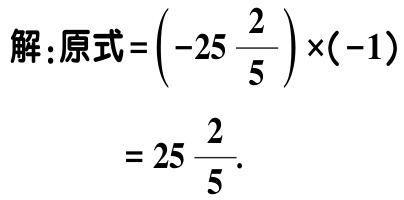
解：原式\(=\left(-25\frac{2}{5}\right)\times(-1)\)

\(=25\frac{2}{5}\).